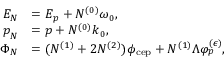
\begin{array} { r l } { E _ { N } } & { = E _ { \boldsymbol { p } } + N ^ { ( 0 ) } \omega _ { 0 } , } \\ { \boldsymbol { p } _ { N } } & { = \boldsymbol { p } + N ^ { ( 0 ) } \boldsymbol { k } _ { 0 } , } \\ { \Phi _ { N } } & { = ( N ^ { ( 1 ) } + 2 N ^ { ( 2 ) } ) \phi _ { \mathrm { c e p } } + N ^ { ( 1 ) } \Lambda \varphi _ { p } ^ { ( \epsilon ) } , } \end{array}